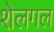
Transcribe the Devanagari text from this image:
शेलगल